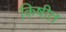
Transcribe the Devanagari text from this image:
किषीत